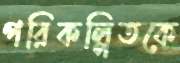
পরিকল্পিতকে